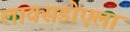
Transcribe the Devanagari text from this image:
लाक्सडोएला